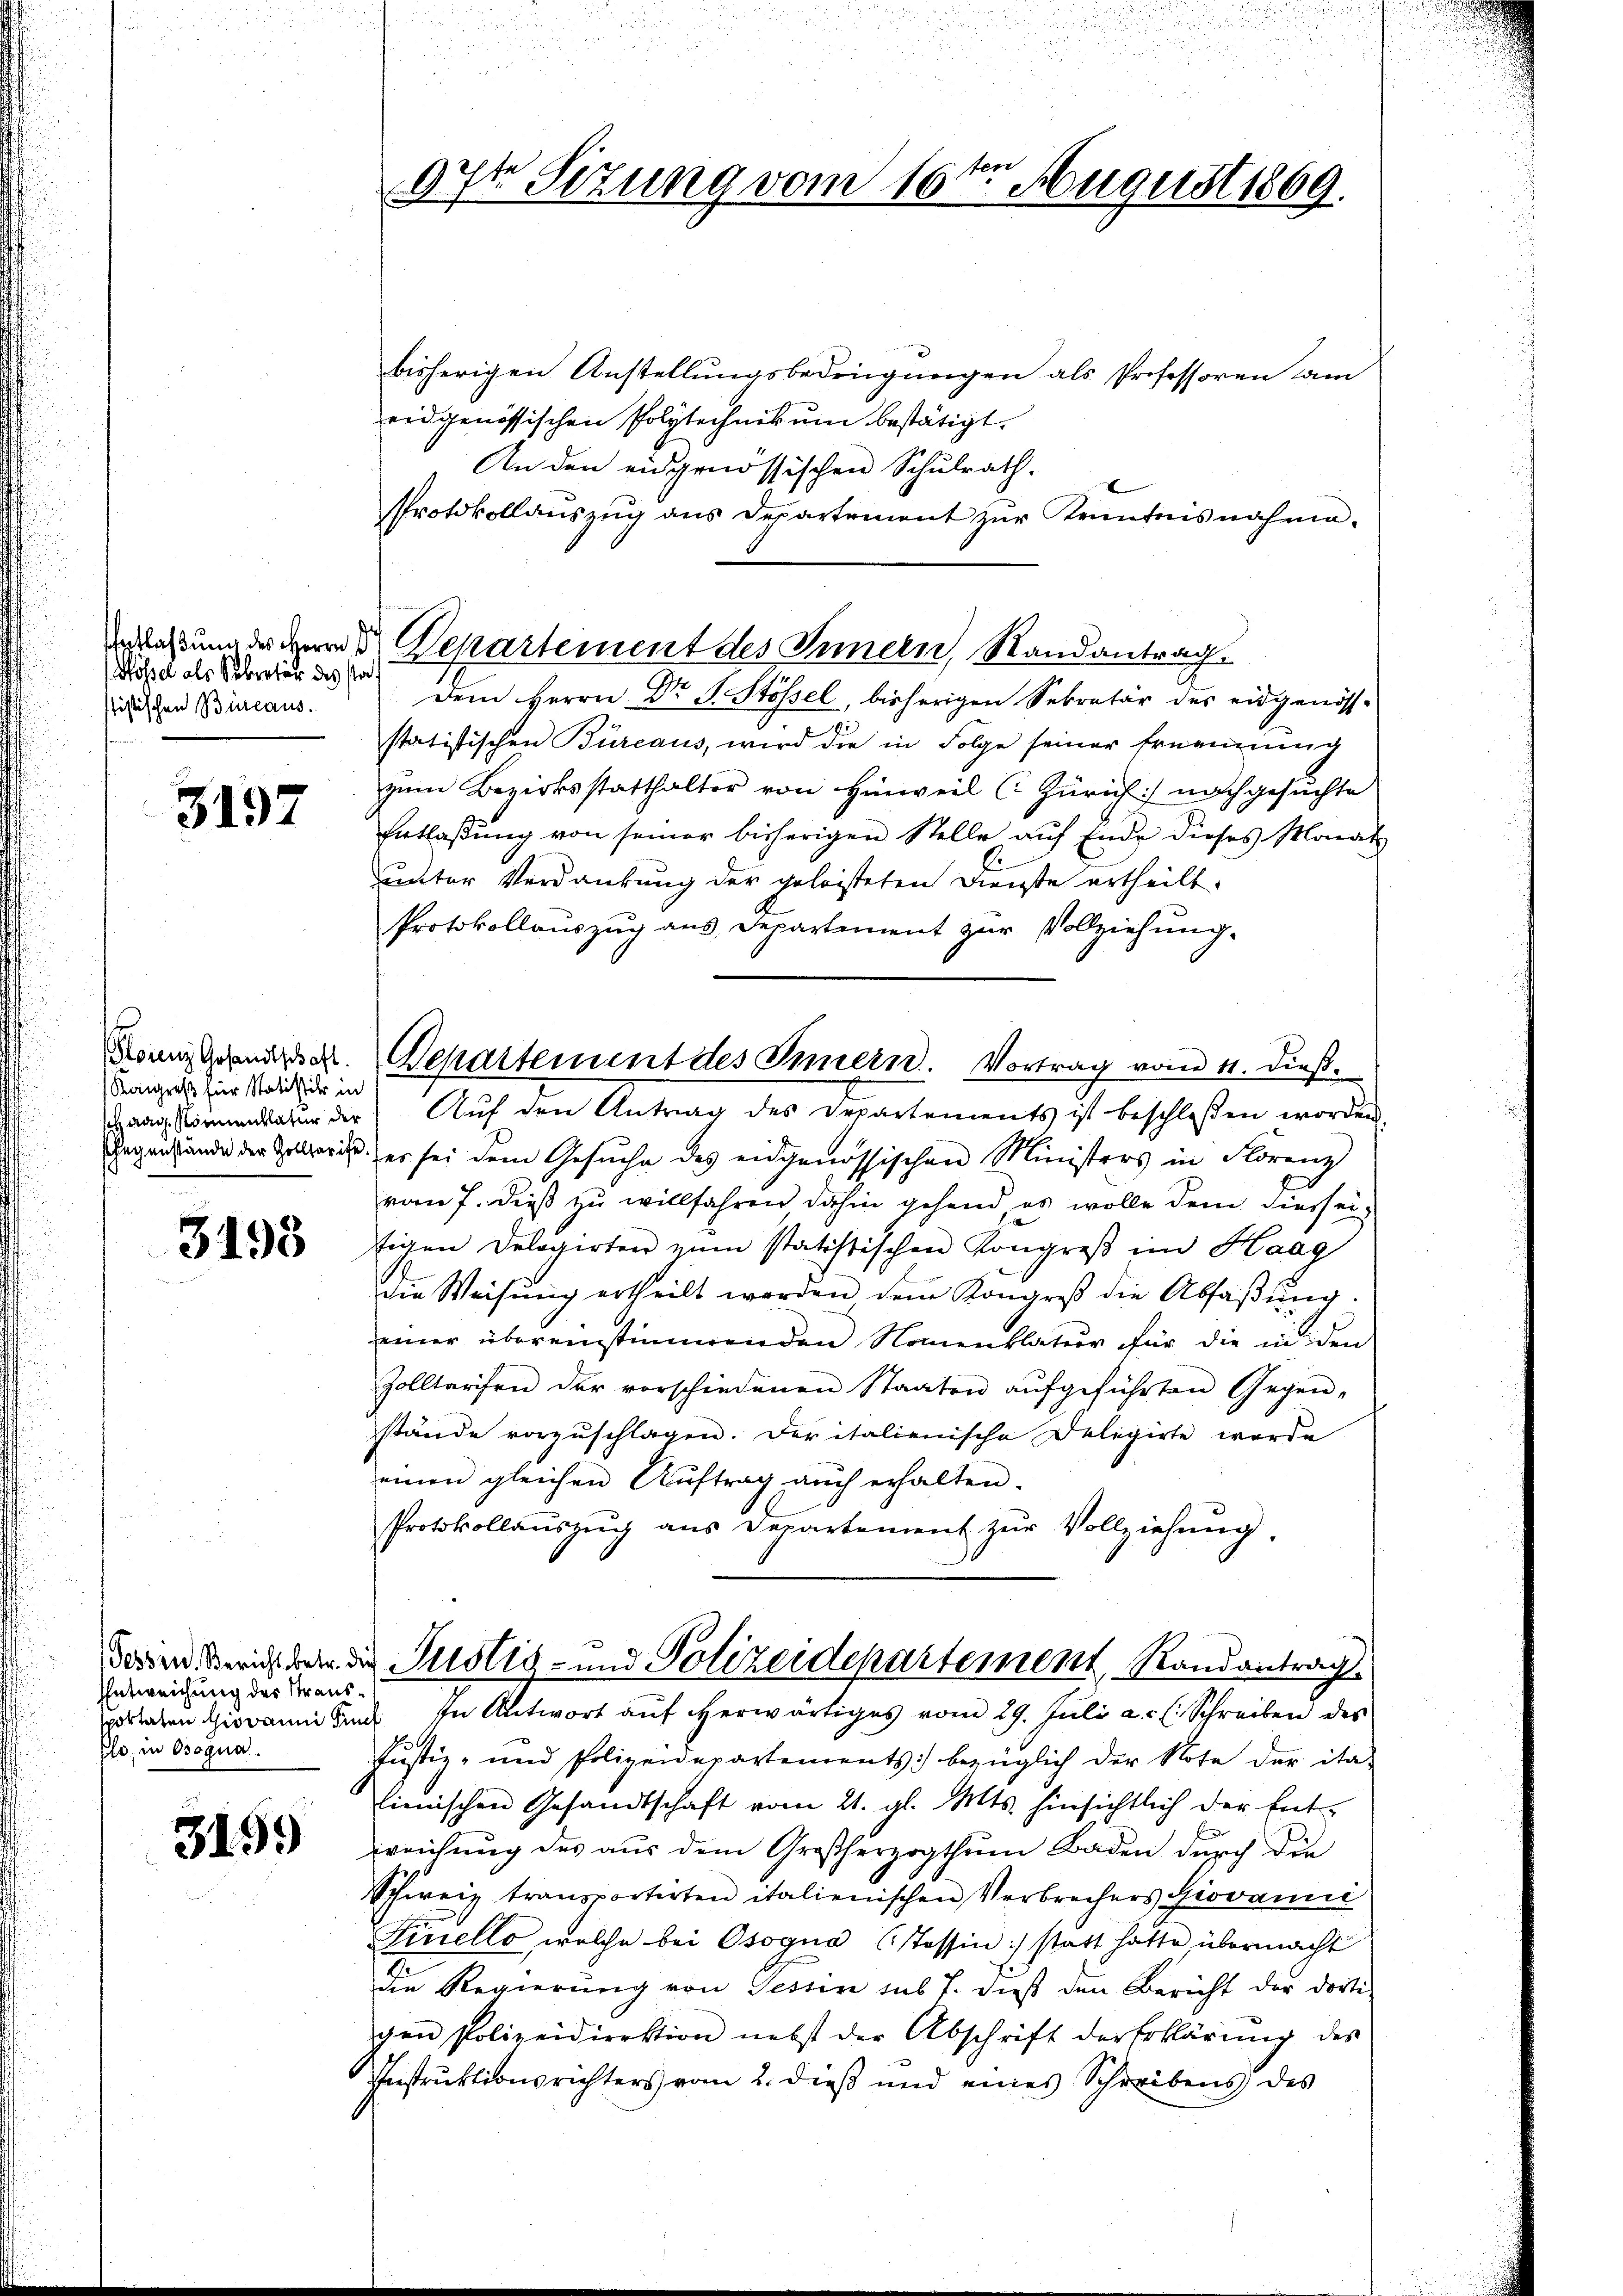
ossel als Sekretär des sta
stistischen Büreaus.

3197

Kangreß für Statistik in
haag, Romentlatur der

3198

Entweichung des Strans¬
Elo, in Osogua.

3199

fferi
37t Sitzung vom 16. August 1869.

bisherigen Anstellungsbedingungen als Professoren dam
eidgenössischen Polytechnis um bestätigt.
An den eidgenössischen Schulrath.
Protokollauszug aus Departement zur Kenntnisnahme.
nlaßung der Herrn Dr. Departement des Innern, Randantrag
Dem Herrn Dr J. Stössel, bisherigen Sekretär des eidgenöss
statistischen Büreaus, wird die in Folge seiner Ernennung
zum Bezirksstatthalter von Hinweil (Zürich] nachgesuchte
Entlassŭng von seiner bisherigen Stelle aŭf Ende dieses Monat
unter Verdankung der geleisteten Dienste ertheilt.
Protokollauszug aus Departement zur Vollziehung.
Bonn gernde. Departement des Innern. Vortrag vom 11. dieß.
Auf den Antrag des Departements ist beschloßen worden.
Gegenstände der Zelleris, es sei dem Gesŭche des eidgenössischen Ministers in Florenz
vom 7. dieß zu willfahren dahin gehend es wolle dem diesseitigen Delegirten zum statistischen Kongreß im Haag
die Weisŭng ertheilt werden dem Kongreß die Abfaβŭng.
einer übereinstimmenden Namenklatur für die in den
Zolltarifen der vorschiedenen Staaten aŭfgeführten Gegen-
stände vorzŭschlagen. Der italienische Delegirte werde
einen gleichen Aŭftrag auch erhalten.
Protokollaŭszŭg ans Departement zŭr Vollziehŭng

Forden Bericht betr. die Justiz- und Polizeidepartement, Randantrag

peraten Hieraum und in Antwort auf erwärtiges vom 29. Juli a.c. s. Schreiben des
Justiz- und Polizeidepartements bezüglich der Note der ita-
lienischen Gesandtschaft vom 21. gl. Mts. hinsichtlich der Ent-
wreichung des aus dem Großherzogthum Baden durch die
Schweiz transportirten italienischen Verbrechers Giovanić
Finello, welche bei Osogna (Tessin :/ statt hatte übermacht
die Regierung von Tessin sub 7. dieß den Bericht der dorti-
gen Polizeidirektion nebst der Abschrift der Erklärŭng des
Instruktionsrichters vom 2. dieß und eines Schreibens des

.